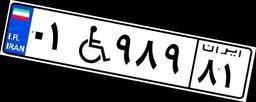
۰۱W۹۸۹۸۱